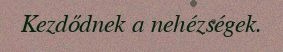
Kezdődnek a nehézségek.